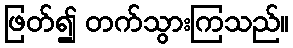
ဖြတ်၍ တက်သွားကြသည်။